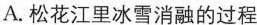
A.松花江里冰雪消融的过程